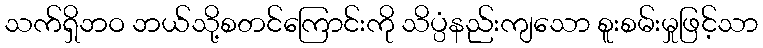
သက်ရှိဘဝ ဘယ်သို့စတင်ကြောင်းကို သိပ္ပံနည်းကျသော စူးစမ်းမှုဖြင့်သာ